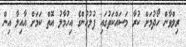
ރިލްވާން ހޯދުމަށް ކުރާ މަސައްކަތުގައި ފުލުހުންގެ އިހުމާލު އޮތް ކަމަށް އާއިލާ އިން